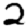
Digit: 2